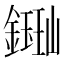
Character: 𫓈